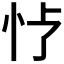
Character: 𪫢